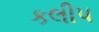
કલીપ